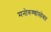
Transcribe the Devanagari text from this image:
मनोरुग्णांसोबत